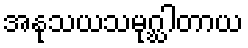
အနုသယသမုဂ္ဃါတာယ